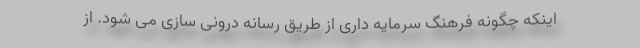
اینکه چگونه فرهنگ سرمایه داری از طریق رسانه درونی سازی می شود. از